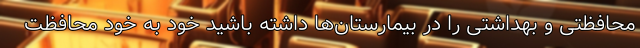
محافظتی و بهداشتی را در بیمارستان‌ها داشته باشید خود به خود محافظت